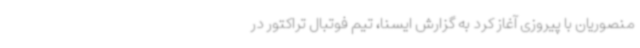
منصوریان با پیروزی آغاز کرد به گزارش ایسنا، تیم فوتبال تراکتور در